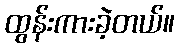
ထွန်းကားခဲ့တယ်။